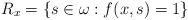
LaTeX: \begin{align*}R_x = \{s \in \omega : f(x,s) = 1\}\end{align*}